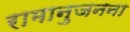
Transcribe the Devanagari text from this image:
रामानुजनना